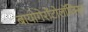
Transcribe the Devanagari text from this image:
बायोगेरोंटोलॉजिस्ट